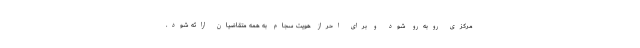
مرکزی روبه‌رو شود و برای احراز هویت سجام به همه متقاضیان ارائه شود.